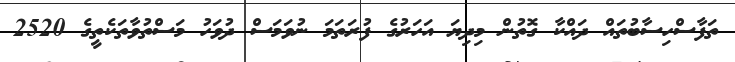
ތަފާސްހިސާބުތައް ދައްކާ ގޮތުން މިދިޔަ އަހަރުގެ ފުރަތަމަ ނުވަމަސް ދުވަހު މަސްތުވާތަކެތީގެ 2520